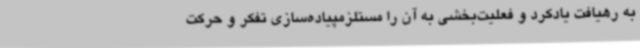
به رهیافت یادکرد و فعلیت‌بخشی به آن را مستلزمپیاده‌سازی تفکر و حرکت